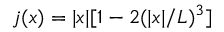
j ( x ) = | x | [ 1 - 2 ( | x | / L ) ^ { 3 } ]